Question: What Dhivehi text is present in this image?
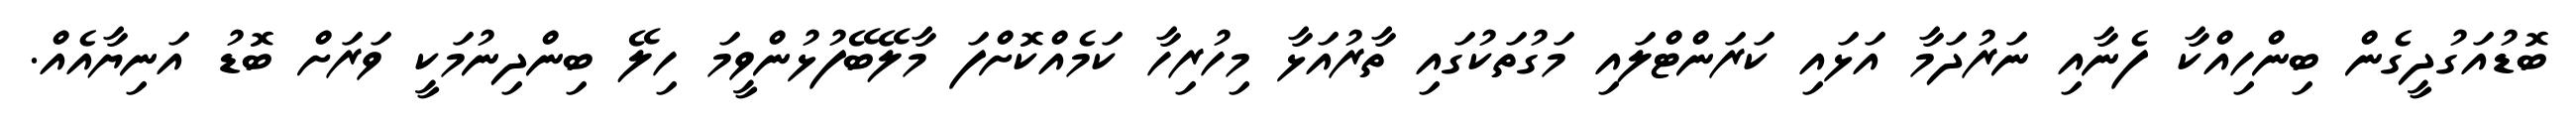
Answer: ބޮޑުއަގުދީގެން ބިންހިއްކާ ފެނާއި ނަރުދަމާ އަޅައި ކަރަންޓްލައި މަގުތަކުގައި ތާރުއަޅާ މިހުރިހާ ކަމެއްކޮށްފަ މާލޭބޭފުޅުންވީމަ ހިލޭ ބިންދިނުމަކީ ވަރަށް ބޮޑު އަނިޔާއެއް.